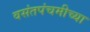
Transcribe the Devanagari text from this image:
वसंतपंचमीच्या